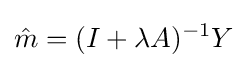
{\hat {m}}=(I+\lambda A)^{-1}Y